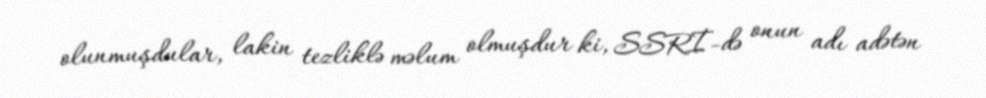
olunmuşdular, lakin tezliklə məlum olmuşdur ki, SSRİ-də onun adı adətən